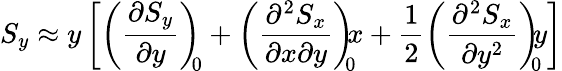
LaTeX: S_{y}\approx y\left[\left(\frac{\partial S_{y}}{\partial y}\right)_{\! \! 0}+\left(\frac{\partial^{2}S_{x}}{\partial x\partial y}\right)_{\! \! 0}\! \! x+\frac{1}{2}\left(\frac{\partial^{2}S_{x}}{\partial y^{2}}\right)_{\! \! 0}\! \! y\right]